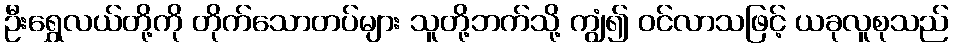
ဦးရွှေလယ်တို့ကို တိုက်သောတပ်များ သူတို့ဘက်သို့ ကျွံ၍ ဝင်လာသဖြင့် ယခုလူစုသည်